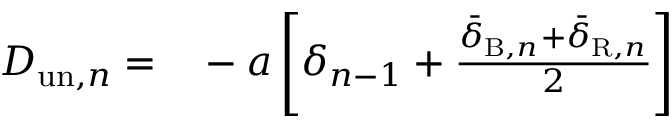
\begin{array} { r l } { D _ { \mathrm { u n } , n } = } & { { } - a \left[ \delta _ { n - 1 } + \frac { \bar { \delta } _ { \mathrm { B } , n } + \bar { \delta } _ { \mathrm { R } , n } } { 2 } \right] } \end{array}